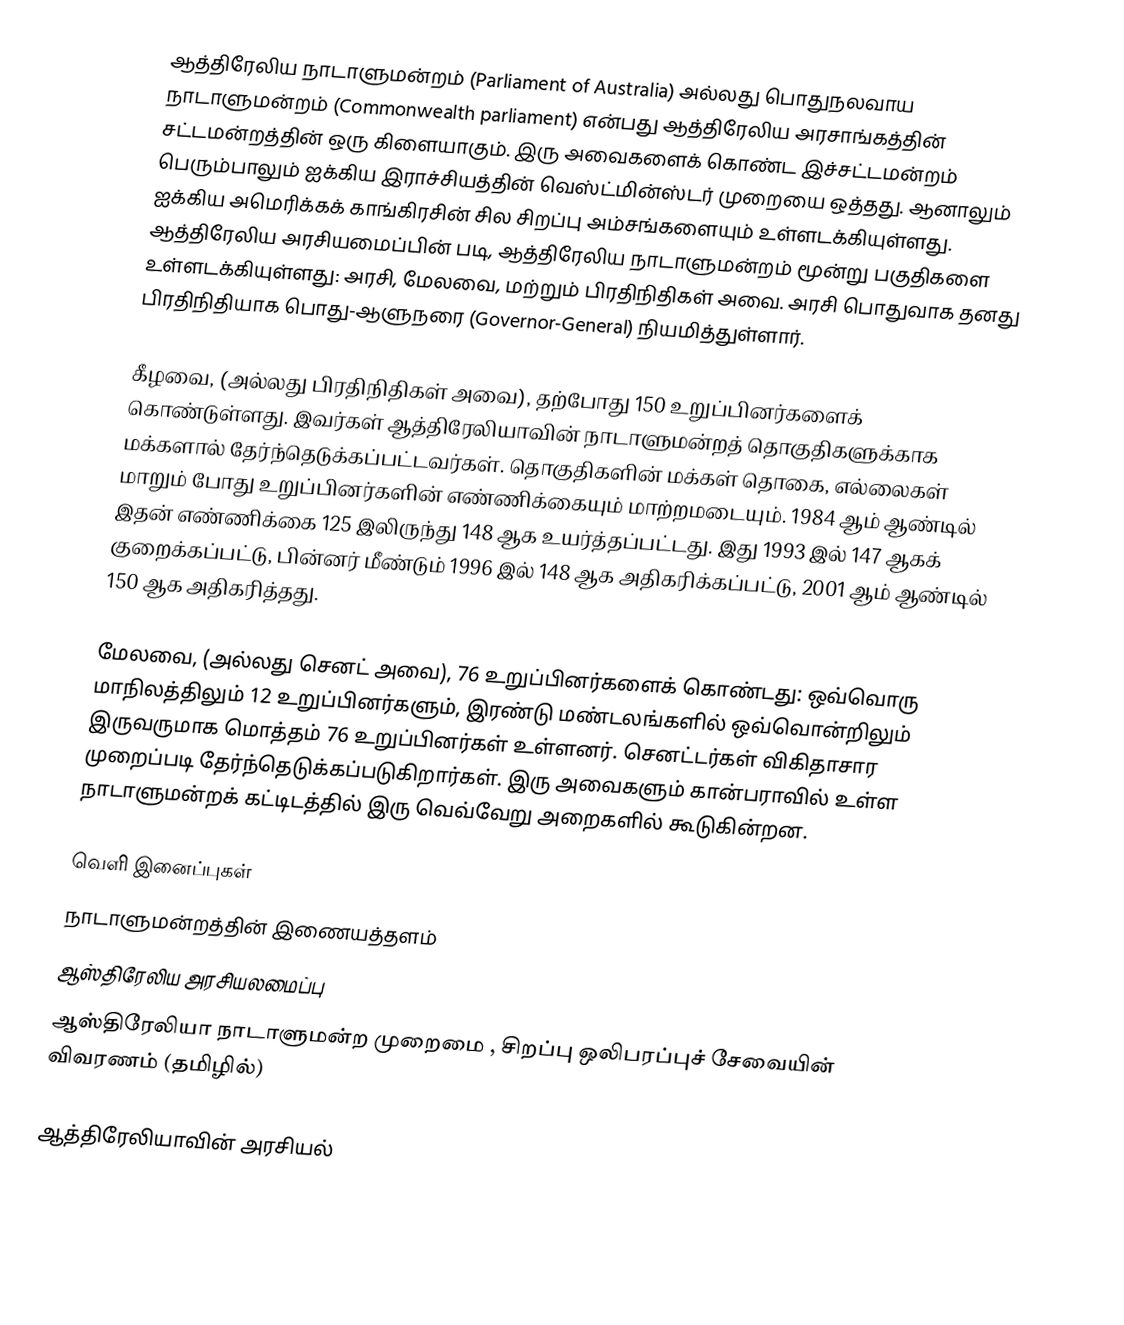
ஆத்திரேலிய நாடாளுமன்றம் (Parliament of Australia) அல்லது பொதுநலவாய நாடாளுமன்றம் (Commonwealth parliament) என்பது ஆத்திரேலிய அரசாங்கத்தின் சட்டமன்றத்தின் ஒரு கிளையாகும். இரு அவைகளைக் கொண்ட இச்சட்டமன்றம் பெரும்பாலும் ஐக்கிய இராச்சியத்தின் வெஸ்ட்மின்ஸ்டர் முறையை ஒத்தது. ஆனாலும் ஐக்கிய அமெரிக்கக் காங்கிரசின் சில சிறப்பு அம்சங்களையும் உள்ளடக்கியுள்ளது. ஆத்திரேலிய அரசியமைப்பின் படி, ஆத்திரேலிய நாடாளுமன்றம் மூன்று பகுதிகளை உள்ளடக்கியுள்ளது: அரசி, மேலவை, மற்றும் பிரதிநிதிகள் அவை. அரசி பொதுவாக தனது பிரதிநிதியாக பொது-ஆளுநரை (Governor-General) நியமித்துள்ளார்.

கீழவை, (அல்லது பிரதிநிதிகள் அவை), தற்போது 150 உறுப்பினர்களைக் கொண்டுள்ளது. இவர்கள் ஆத்திரேலியாவின் நாடாளுமன்றத் தொகுதிகளுக்காக மக்களால் தேர்ந்தெடுக்கப்பட்டவர்கள். தொகுதிகளின் மக்கள் தொகை, எல்லைகள் மாறும் போது உறுப்பினர்களின் எண்ணிக்கையும் மாற்றமடையும். 1984 ஆம் ஆண்டில் இதன் எண்ணிக்கை 125 இலிருந்து 148 ஆக உயர்த்தப்பட்டது. இது 1993 இல் 147 ஆகக் குறைக்கப்பட்டு, பின்னர் மீண்டும் 1996 இல் 148 ஆக அதிகரிக்கப்பட்டு, 2001 ஆம் ஆண்டில் 150 ஆக அதிகரித்தது.

மேலவை, (அல்லது செனட் அவை), 76 உறுப்பினர்களைக் கொண்டது: ஒவ்வொரு மாநிலத்திலும் 12 உறுப்பினர்களும், இரண்டு மண்டலங்களில் ஒவ்வொன்றிலும் இருவருமாக மொத்தம் 76 உறுப்பினர்கள் உள்ளனர். செனட்டர்கள் விகிதாசார முறைப்படி தேர்ந்தெடுக்கப்படுகிறார்கள். இரு அவைகளும் கான்பராவில் உள்ள நாடாளுமன்றக் கட்டிடத்தில் இரு வெவ்வேறு அறைகளில் கூடுகின்றன.

வெளி இனைப்புகள்
 நாடாளுமன்றத்தின் இணையத்தளம்
 ஆஸ்திரேலிய அரசியலமைப்பு
 ஆஸ்திரேலியா நாடாளுமன்ற முறைமை , சிறப்பு ஒலிபரப்புச் சேவையின் விவரணம் (தமிழில்)

ஆத்திரேலியாவின் அரசியல்